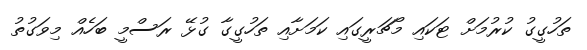
ތަހުގީގު ކުރުމަށް ޓަކައި މޯޗަރީގައި ކަމަށާއި ތަހުގީގާ ގުޅޭ ރަސްމީ ބަހެއް މިވަގުތު